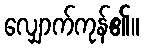
လျှောက်ကုန်၏။